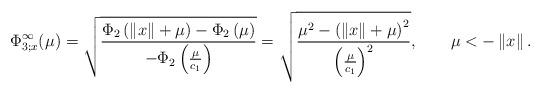
LaTeX: \begin{align*}\Phi_{3;x}^{\infty}(\mu)=\sqrt{\frac{\Phi_{2}\left(\left\Vert x\right\Vert +\mu\right)-\Phi_{2}\left(\mu\right)}{-\Phi_{2}\left(\frac{\mu}{c_{1}}\right)}}=\sqrt{\frac{\mu^{2}-\left(\left\Vert x\right\Vert +\mu\right)^{2}}{\left(\frac{\mu}{c_{1}}\right)^{2}}},\qquad\mu<-\left\Vert x\right\Vert .\end{align*}